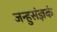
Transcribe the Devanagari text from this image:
जन्हुसंज्ञकं